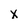
Character: X